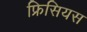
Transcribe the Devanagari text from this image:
फ्रिसियस